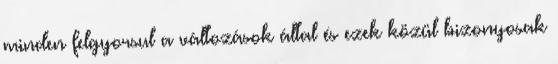
minden felgyorsul a változások által és ezek közül bizonyosak